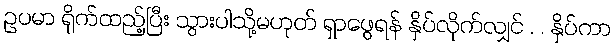
ဥပမာ ရိုက်ထည့်ပြီး သွားပါသို့မဟုတ် ရှာဖွေရန် နှိပ်လိုက်လျှင် . . နှိပ်ကာ